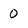
Character: 0